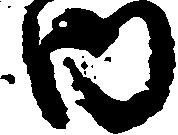
内